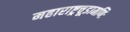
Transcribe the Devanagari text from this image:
महाराष्ट्रचूडामणिः